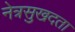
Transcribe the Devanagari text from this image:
नेत्रसुखदता